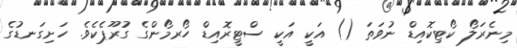
މިނެރަލޯ ކޯޓިކޮއިޑް ނުވަތަ () އަކީ އަކީ ސްޓީރޮއިޑް ހޯރމޯންގެ ގުރޫޕެކެވެ. ހަށިގަނޑުގެ